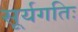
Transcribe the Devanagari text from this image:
सूर्यगतिः